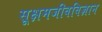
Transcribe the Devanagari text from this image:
सूक्षमजीवविज्ञान